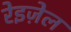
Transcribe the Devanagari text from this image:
रेइज़ेल